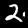
Label: 2